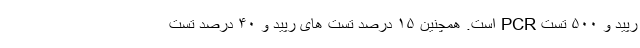
رپید و ۵۰۰ تست PCR است. همچنین ۱۵ درصد تست های رپید و ۴۰ درصد تست